Calcutta medical institutions reports 1892-1900
Year: 1892
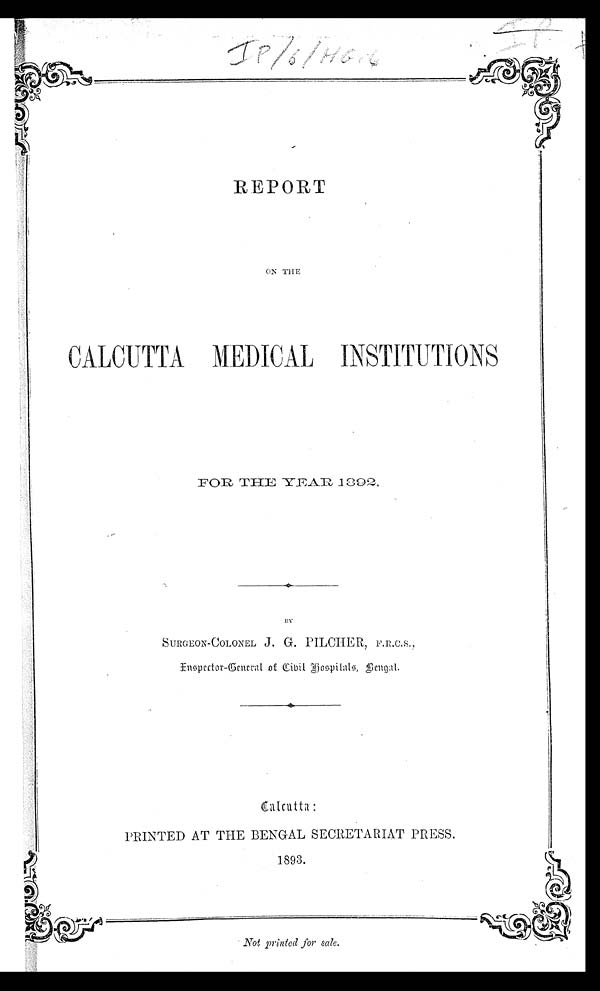
REPORT
ON THE
CALCUTTA MEDICAL INSTITUTIONS
FOR THE YEAR 1892,
SURGEON-COLONEL J, G. PILCHER, F.R.C.S.,
I n s p e c t o r - G e n e r a l o f C i v i l H o s p i t a l s , B e n g a l .
PRINTED AT THE BENGAL SECRETARIAT PRESS.
1893.
Not Printed for sale
Not printed for sale.